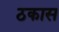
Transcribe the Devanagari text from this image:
ठकास